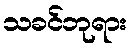
သခင်ဘုရား